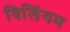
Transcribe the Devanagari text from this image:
विलिंगम